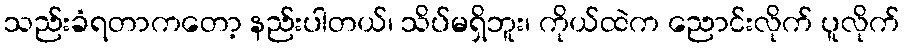
သည်းခံရတာကတော့ နည်းပါတယ်၊ သိပ်မရှိဘူး၊ ကိုယ်ထဲက ညောင်းလိုက် ပူလိုက်